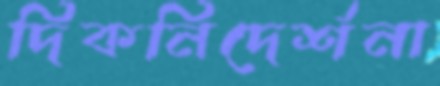
দিকনিদের্শনা